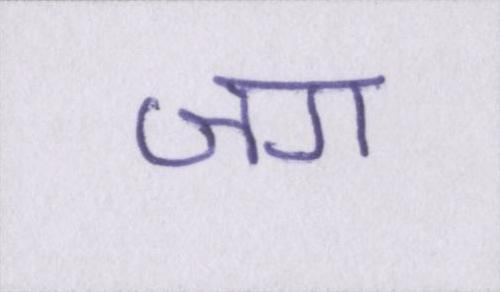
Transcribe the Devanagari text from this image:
जग